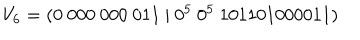
LaTeX: V _ { 6 } = ( 0 \ 0 0 0 \ 0 0 0 \ 0 1 1 \ | \ 0 ^ { 5 } \ 0 ^ { 5 } \ 1 0 1 1 0 1 0 0 0 0 1 1 )